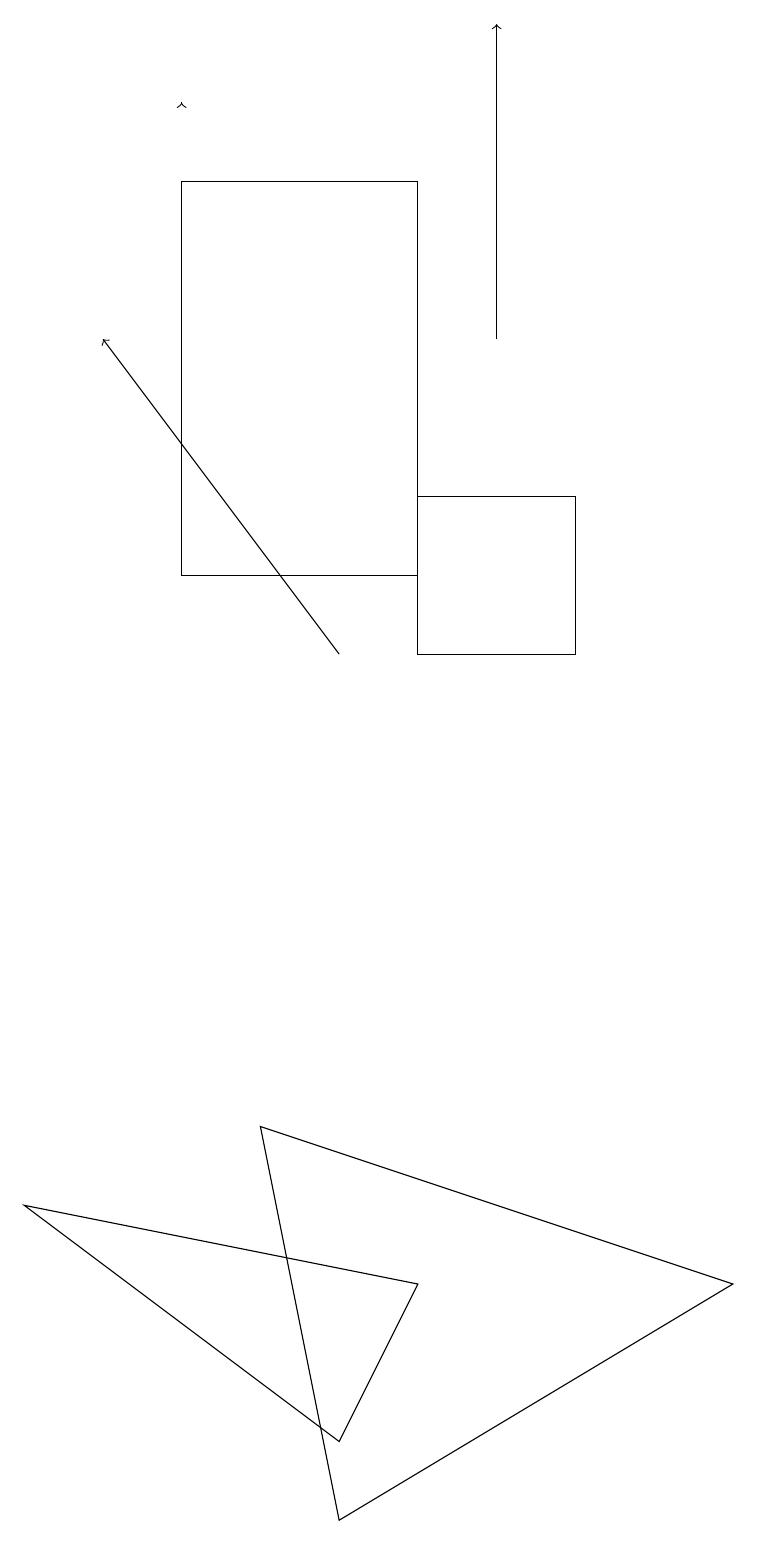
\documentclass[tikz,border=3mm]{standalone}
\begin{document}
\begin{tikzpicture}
\draw[->] (4,11) -- (1,15);
\draw (3,5) -- (4,0) -- (9,3) -- cycle;
\draw (0,4) -- (4,1) -- (5,3) -- cycle;
\draw[->] (2,18) -- (2,18);
\draw (5,11) rectangle (7,13);
\draw[->] (6,15) -- (6,19);
\draw (2,17) rectangle (5,12);
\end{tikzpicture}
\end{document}